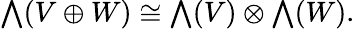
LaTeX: {\textstyle\bigwedge}(V\oplus W)\cong{\textstyle\bigwedge}(V)\otimes{\textstyle\bigwedge}(W).